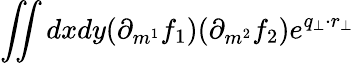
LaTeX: \iint dxdy(\partial_{m^{1}}f_{1})(\partial_{m^{2}}f_{2})e^{q_{\perp}\cdot r_{\perp}}